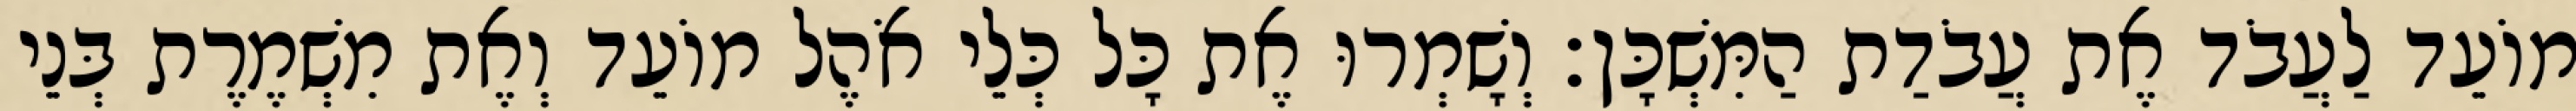
מוֹעֵד לַעֲבֹד אֶת עֲבֹדַת הַמִּשְׁכָּן׃ וְשָׁמְרוּ אֶת כָּל כְּלֵי אֹהֶל מוֹעֵד וְאֶת מִשְׁמֶרֶת בְּנֵי